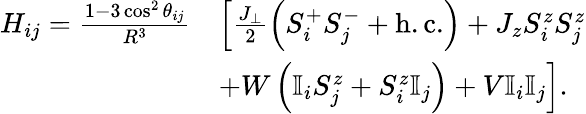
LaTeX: \begin{array}{rl}{H_{ij}=\frac{1-3\cos^{2}\theta_{ij}}{R^{3}}}&{\left[\frac{J_{\perp}}{2}\left(S_{i}^{+}S_{j}^{-}+\mathrm{h.c.}\right)+J_{z}S_{i}^{z}S_{j}^{z}\right.}\\ &{\left.+W\left(\mathbb{I}_{i}S_{j}^{z}+S_{i}^{z}\mathbb{I}_{j}\right)+V\mathbb{I}_{i}\mathbb{I}_{j}\vphantom{\frac{J_{\perp}}{2}}\right].}\end{array}